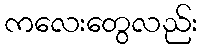
ကလေးတွေလည်း